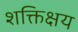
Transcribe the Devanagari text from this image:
शक्तिक्षय